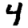
Digit: 4